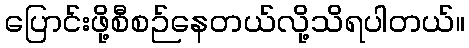
ပြောင်းဖို့စီစဉ်နေတယ်လို့သိရပါတယ်။